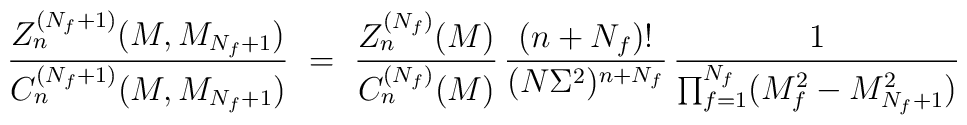
\frac{Z_n^{(N_f+1)}(M,M_{N_f+1})}{C_n^{(N_f+1)}(M,M_{N_f+1})} \ = \ \frac{Z_n^{(N_f)}(M)}{C_n^{(N_f)}(M)}        \, \frac{(n+N_f)!}{(N\Sigma^2)^{n+N_f}} \,          \frac{1}{\prod_{f=1}^{N_f}(M_f^2-M_{N_f+1}^2)}